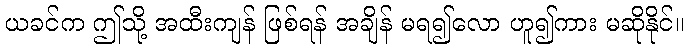
ယခင်က ဤသို့ အထီးကျန် ဖြစ်ရန် အချိန် မရ၍လော ဟူ၍ကား မဆိုနိုင်။